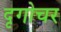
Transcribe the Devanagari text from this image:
दृगोचर